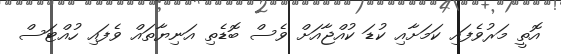
އޮތީ މަރުވެފައި ކަމަށާއި ކުޑަ ކުއްޖާއަށް ވެސް ބޮޑެތި އަނިޔާތައް ވެފައި ހުއްޓަސް